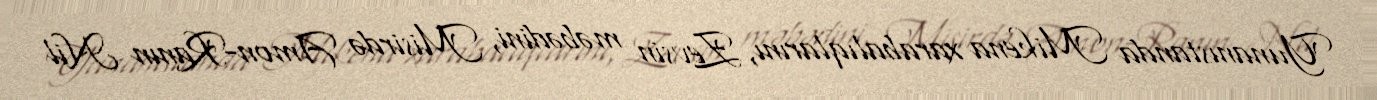
Yunanıstanda Mikena xarabalıqlarını, Zevsin məbədini, Misirdə Amon-Ranın Nil